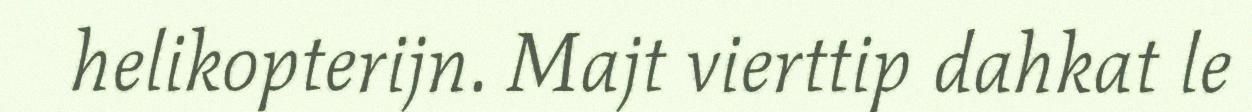
helikopterijn. Majt vierttip dahkat le